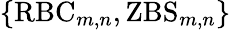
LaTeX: \{ \mathrm{RBC}_{m,n},\mathrm{ZBS}_{m,n}\}